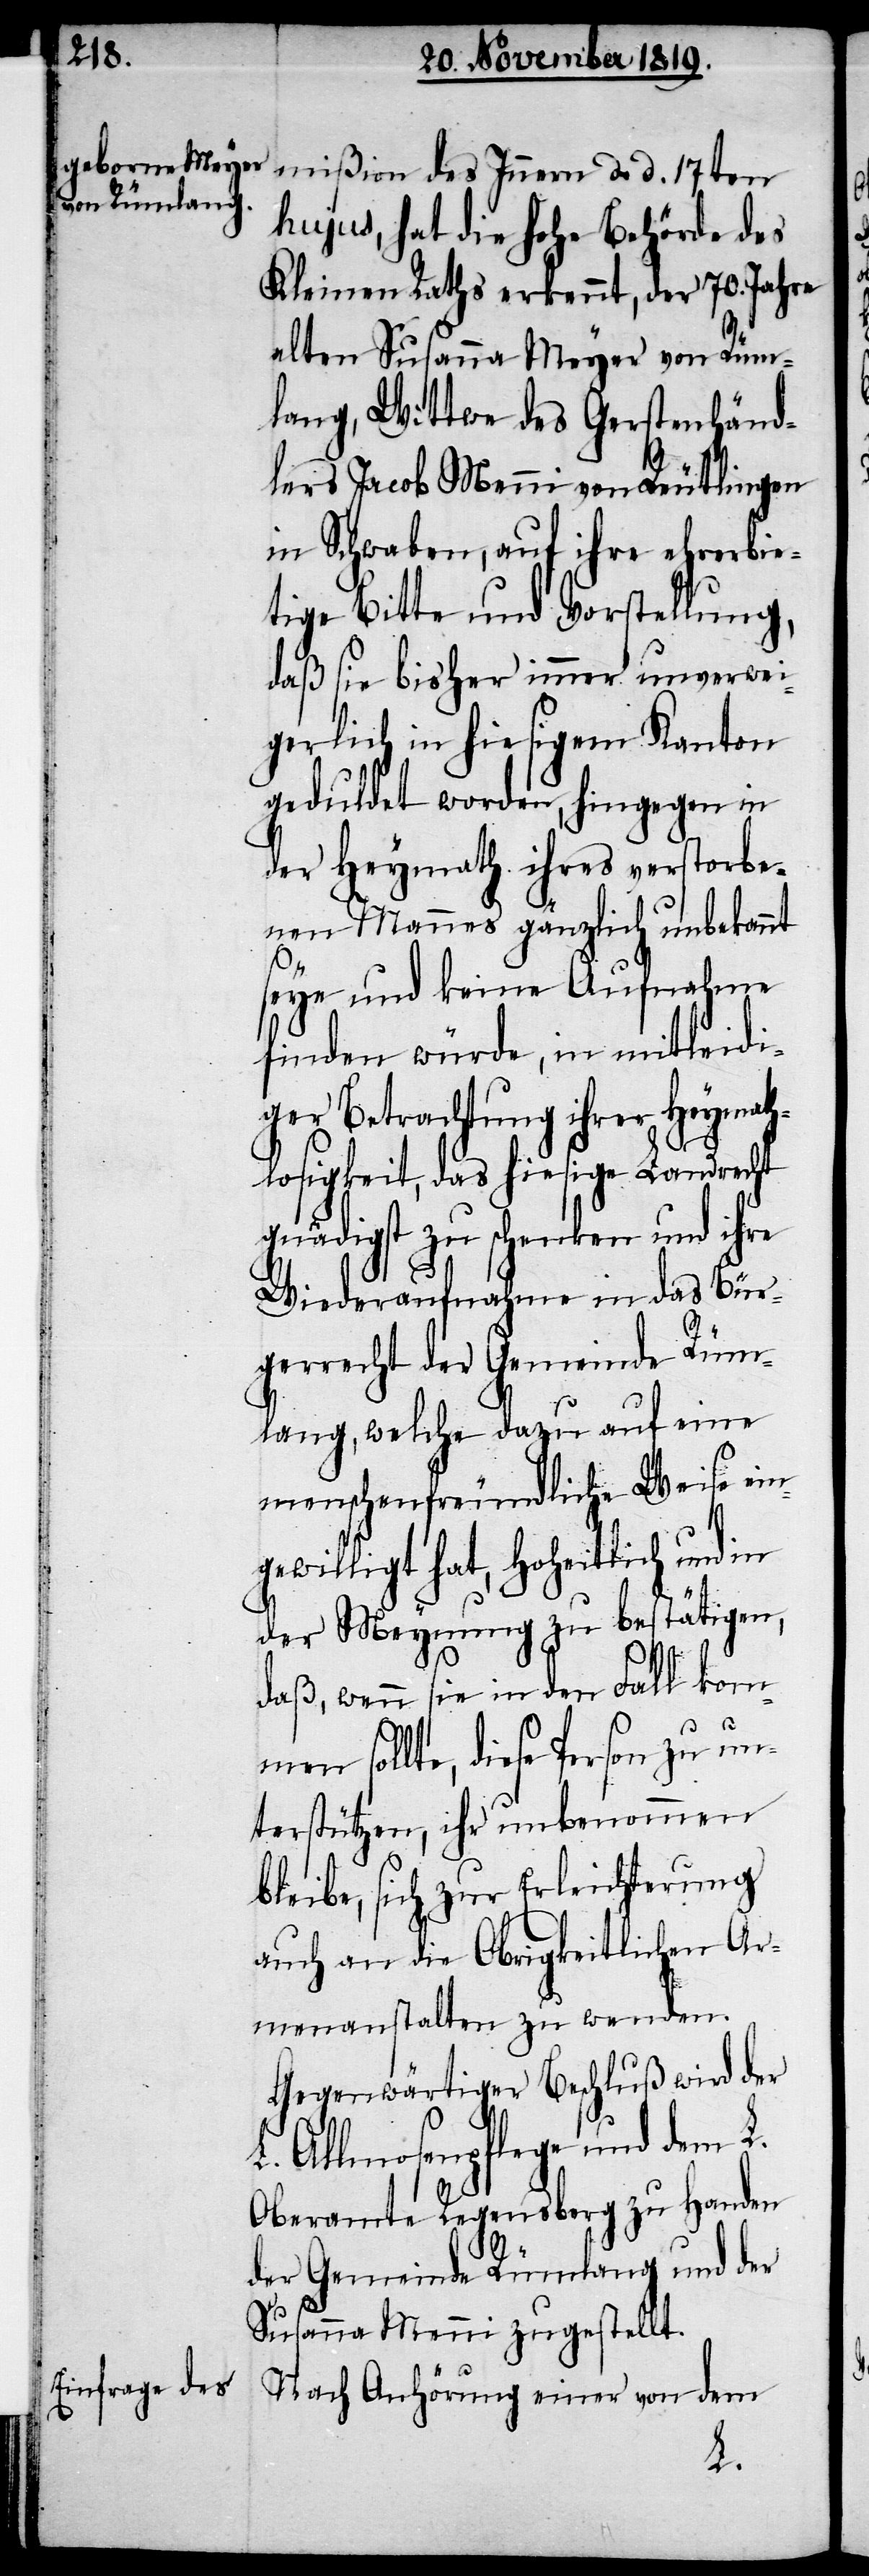
mißion des Innern d. d. 17ten
hujus, hat die hohe Behörde des
Kleinen Raths erkennt, der 70. Jahre
alten Susanna Meyer von Rüm¬
lang, Wittwe des Gerstenhänd¬
lers Jacob Menni von Reutlingen
in Schwaben, auf ihre ehrerbie¬
tige Bitte und Vorstellung,
daß die bisher immer unverwei¬
gerlich in hiesigem Kanton
geduldet worden, hingegen in
der Heymath ihres verstorbe¬
nen Mannes gänzlich unbekannt
seye und keine Aufnahme
finden würde, in mitleidi¬
ger Betrachtung ihrer Heymath¬
losigkeit, das hiesige Landrecht
gnädigst zu schenken und ihre
Wiederaufnahme in das Bür¬
gerrecht der Gemeinde Rüm¬
lang, welche dazu auf eine
menschenfreundliche Weise ein¬
gewilligt hat, hoheitlich und in
der Meynung zu bestätigen,
daß, wenn sie in den Fall kom¬
men sollte, diese Person zu
auch an die Obrigkeitlichen Ar¬
menanstalten zu wenden.
Gegenwärtiger Beschluß wird der
L. Allmosenpflege und dem L.
Oberamte Regensperg zu Handen
der Gemeinde Rümlang und der
Susanna Menni zugestellt.
Nach Anhörung einer von dem